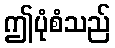
ဤပုံစံသည်